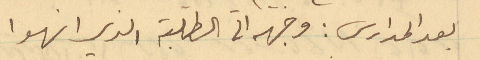
بعد المدارس: وجهه الى الطلبة الذي انهوا